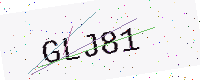
Text: GLJ81